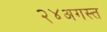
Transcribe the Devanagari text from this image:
२४अगस्त